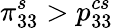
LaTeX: \pi_{33}^{s}>{p}_{33}^{cs}